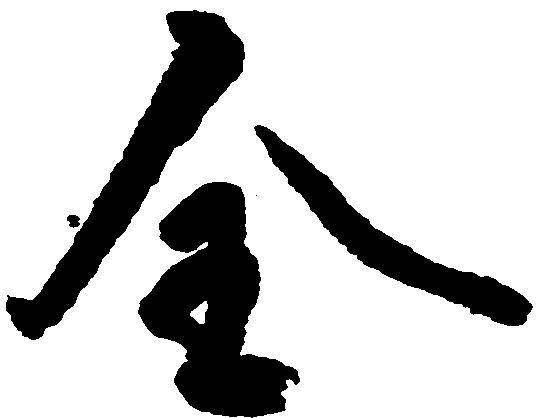
全